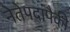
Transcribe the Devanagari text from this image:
नेतेपदांपैकी